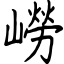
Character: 嶗